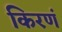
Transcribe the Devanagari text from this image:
किरणं